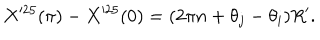
X ^ { 2 5 } ( \pi ) - X ^ { 2 5 } ( 0 ) = ( 2 \pi n + \theta _ { j } - \theta _ { i } ) R ^ { \prime } .